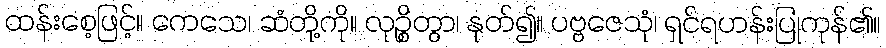
ထန်းစေ့ဖြင့်။ ကေသေ၊ ဆံတို့ကို။ လုဉ္စိတွာ၊ နုတ်၍။ ပဗ္ဗဇေသုံ၊ ရှင်ရဟန်းပြုကုန်၏။